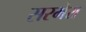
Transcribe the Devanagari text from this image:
सरमेरा